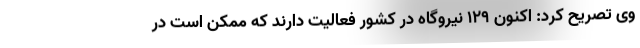
وی تصریح کرد: اکنون ۱۲۹ نیروگاه در کشور فعالیت دارند که ممکن است در